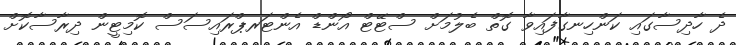
ދެ ހާދިސާގައި ކަންހިނގާފައިވާ ގޮތް ބެލުމަށް ސްޓޭޓް އޯންޑް އެންޓަރޕްރައިސަސް ކޮމިޓީން ދިރާސާކޮށް